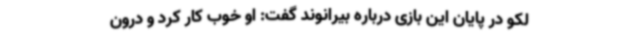
لکو در پایان این بازی درباره بیرانوند گفت: او خوب کار کرد و درون